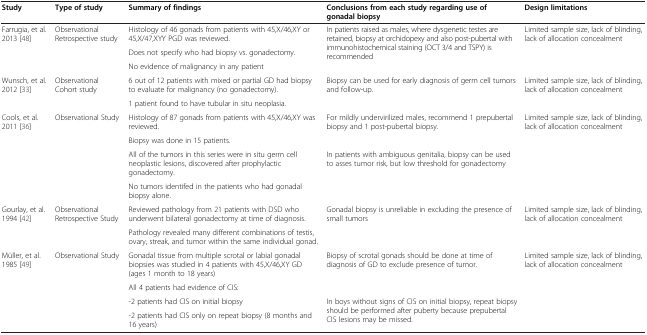
<table><thead><tr><td><b>Study</b></td><td><b>Type of study</b></td><td><b>Summary of findings</b></td><td><b>Conclusions from each study regarding use of gonadal biopsy</b></td><td><b>Design limitations</b></td></tr></thead><tbody><tr><td rowspan="3">Farrugia, et al. 2013 [48]</td><td rowspan="3">Observational Retrospective study</td><td>Histology of 46 gonads from patients with 45,X/46,XY or 45,X/47,XYY PGD was reviewed.</td><td rowspan="3">In patients raised as males, where dysgenetic testes are retained, biopsy at orchidopexy and also post-pubertal with immunohistochemical staining (OCT 3/4 and TSPY) is recommended</td><td rowspan="3">Limited sample size, lack of blinding, lack of allocation concealment</td></tr><tr><td>Does not specify who had biopsy vs. gonadectomy.</td></tr><tr><td>No evidence of malignancy in any patient</td></tr><tr><td rowspan="2">Wunsch, et al. 2012 [33]</td><td rowspan="2">Observational Cohort study</td><td>6 out of 12 patients with mixed or partial GD had biopsy to evaluate for malignancy (no gonadectomy).</td><td rowspan="2">Biopsy can be used for early diagnosis of germ cell tumors and follow-up.</td><td rowspan="2">Limited sample size, lack of blinding, lack of allocation concealment</td></tr><tr><td>1 patient found to have tubular in situ neoplasia.</td></tr><tr><td rowspan="4">Cools, et al. 2011 [36]</td><td rowspan="4">Observational Study</td><td>Histology of 87 gonads from patients with 45,X/46,XY was reviewed.</td><td rowspan="2">For mildly undervirilized males, recommend 1 prepubertal biopsy and 1 post-pubertal biopsy.</td><td rowspan="4">Limited sample size, lack of blinding, lack of allocation concealment</td></tr><tr><td>Biopsy was done in 15 patients.</td></tr><tr><td>All of the tumors in this series were in situ germ cell neoplastic lesions, discovered after prophylactic gonadectomy.</td><td rowspan="2">In patients with ambiguous genitalia, biopsy can be used to asses tumor risk, but low threshold for gonadectomy</td></tr><tr><td>No tumors identifed in the patients who had gonadal biopsy alone.</td></tr><tr><td rowspan="2">Gourlay, et al. 1994 [42]</td><td rowspan="2">Observational Retrospective Study</td><td>Reviewed pathology from 21 patients with DSD who underwent bilateral gonadectomy at time of diagnosis.</td><td rowspan="2">Gonadal biopsy is unreliable in excluding the presence of small tumors</td><td rowspan="2">Limited sample size, lack of blinding, lack of allocation concealment</td></tr><tr><td>Pathology revealed many different combinations of testis, ovary, streak, and tumor within the same individual gonad.</td></tr><tr><td rowspan="4">Müller, et al. 1985 [49]</td><td rowspan="4">Observational Study</td><td>Gonadal tissue from multiple scrotal or labial gonadal biopsies was studied in 4 patients with 45,X/46,XY GD (ages 1 month to 18 years)</td><td rowspan="2">Biopsy of scrotal gonads should be done at time of diagnosis of GD to exclude presence of tumor.</td><td rowspan="4">Limited sample size, lack of blinding, lack of allocation concealment</td></tr><tr><td>All 4 patients had evidence of CIS:</td></tr><tr><td>-2 patients had CIS on initial biopsy</td><td rowspan="2">In boys without signs of CIS on initial biopsy, repeat biopsy should be performed after puberty because prepubertal CIS lesions may be missed.</td></tr><tr><td>-2 patients had CIS only on repeat biopsy (8 months and 16 years)</td></tr></tbody></table>